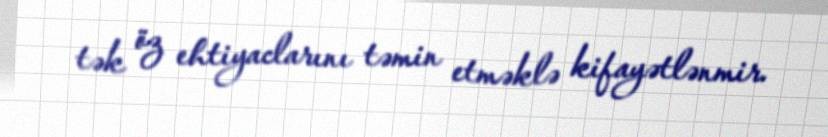
tək öz ehtiyaclarını təmin etməklə kifayətlənmir.